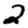
Digit: 2